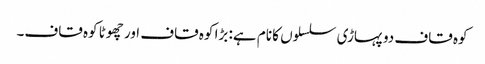
کوہ قاف دو پہاڑی سلسلوں کا نام ہے: بڑا کوہ قاف اور چھوٹا کوہ قاف۔